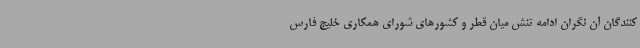
کنندگان آن نگران ادامه تنش میان قطر و کشورهای شورای همکاری خلیج فارس